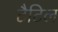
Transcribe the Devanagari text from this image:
टैटिल